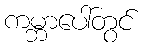
ကမ္ဘာပေါ်တွင်